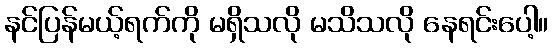
နင်ပြန်မယ့်ရက်ကို မရှိသလို မသိသလို နေရင်းပေါ့။